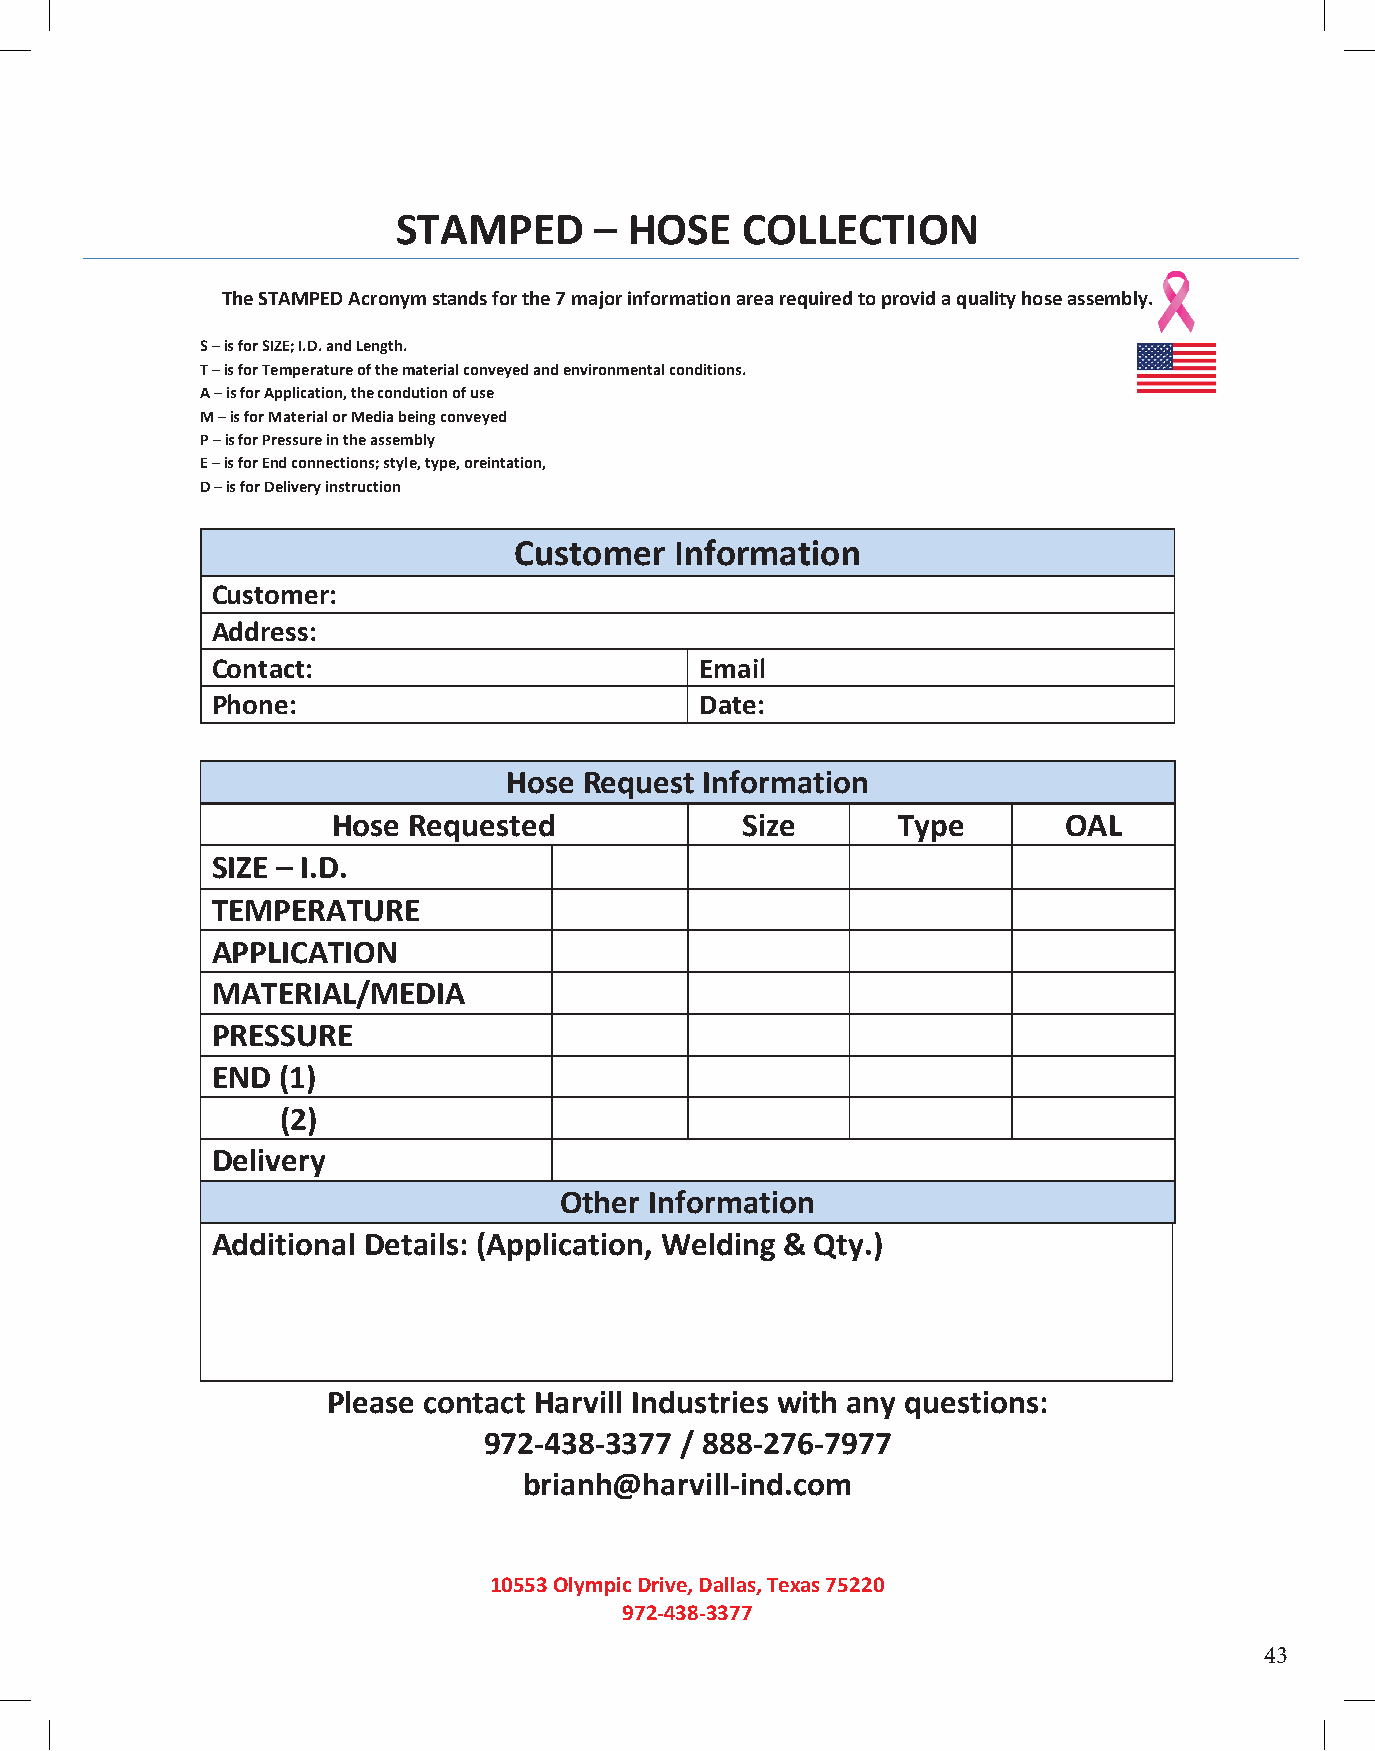
STAMPED      –  HOSE   COLLECTION
 The STAMPED Acronym stands for the 7 major information area required to provid a quality hose assembly.
 S – is for SIZE; I.D. and Length.
 T – is for Temperature of the material conveyed and environmental conditions.
 A – is for Application, the condution of use
 M – is for Material or Media being conveyed
 P – is for Pressure in the assembly
 E – is for End connections; style, type, oreintation,
 D – is for Delivery instruction
 Customer   Information
 Customer:
 Address:
 Contact:                        Email
 Phone:                          Date:
 Hose  Request Information
 Hose Requested             Size      Type        OAL
 SIZE – I.D.
 TEMPERATURE
 APPLICATION
 MATERIAL/MEDIA
 PRESSURE
 END (1)
 (2)
 Delivery
 Other Information
 Additional Details: (Application, Welding & Qty.)
 Please contact Harvill Industries with any questions:
 972-438-3377 / 888-276-7977
 brianh@harvill-ind.com
 10553 Olympic Drive, Dallas, Texas 75220
 972-438-3377
 43